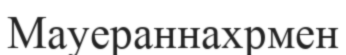
Мауераннахрмен